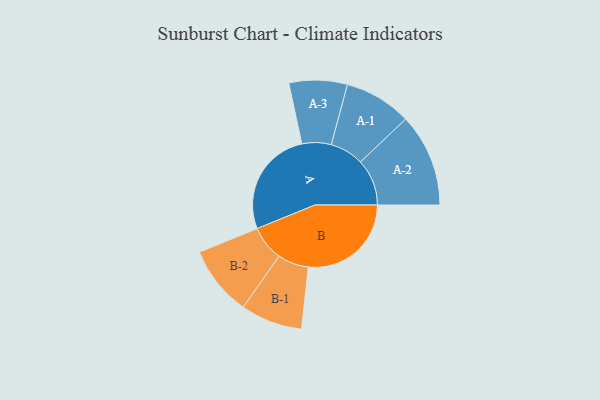
{"axis": {"x": "Segment", "y": "Value"}, "legend": ["", "A", "B"], "data": [{"x": "A", "y": 467, "type": ""}, {"x": "B", "y": 449, "type": ""}, {"x": "A-1", "y": 147, "type": "A"}, {"x": "A-2", "y": 203, "type": "A"}, {"x": "A-3", "y": 127, "type": "A"}, {"x": "B-1", "y": 135, "type": "B"}, {"x": "B-2", "y": 153, "type": "B"}]}